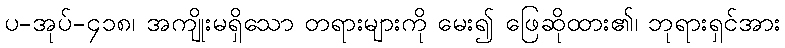
ပ-အုပ်-၄၁၈၊ အကျိုးမရှိသော တရားများကို မေး၍ ဖြေဆိုထား၏၊ ဘုရားရှင်အား